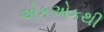
એકએકથી